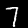
Label: 7